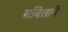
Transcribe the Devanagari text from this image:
बबिताने